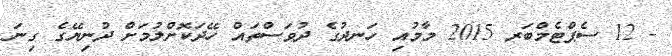
- 12 ސެޕްޓެމްބަރ 2015 މާމުއި ހަނދުގެ ދުވަސްތައް ހޭދަކޮށްލުމަށް ދުނިޔޭގެ ގިނަ